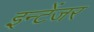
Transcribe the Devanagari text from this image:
इन्टेंजर